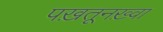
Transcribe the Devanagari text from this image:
पख़तूनख़्वा